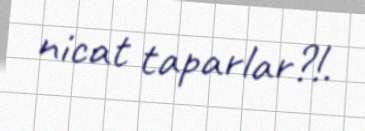
nicat taparlar?!.